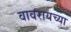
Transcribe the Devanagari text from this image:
वावरायच्या